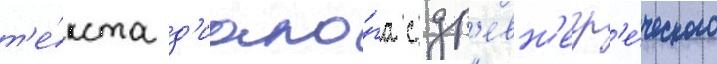
т'е́кста д'иало́га с др'евн'егр'е́ческого